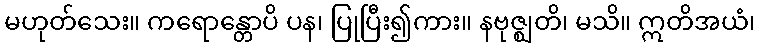
မဟုတ်သေး။ ကရောန္တောပိ ပန၊ ပြုပြီး၍ကား။ နဗုဇ္ဈတိ၊ မသိ။ ဣတိအယံ၊